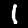
Label: 1